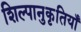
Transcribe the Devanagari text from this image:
शिल्पानुकृतियाँ